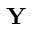
\mathbf { Y }